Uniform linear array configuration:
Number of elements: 4
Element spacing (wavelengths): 0.75
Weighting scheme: uniform
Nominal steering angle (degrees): -30
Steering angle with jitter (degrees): -31.79
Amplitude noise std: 0.05
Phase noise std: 0.05

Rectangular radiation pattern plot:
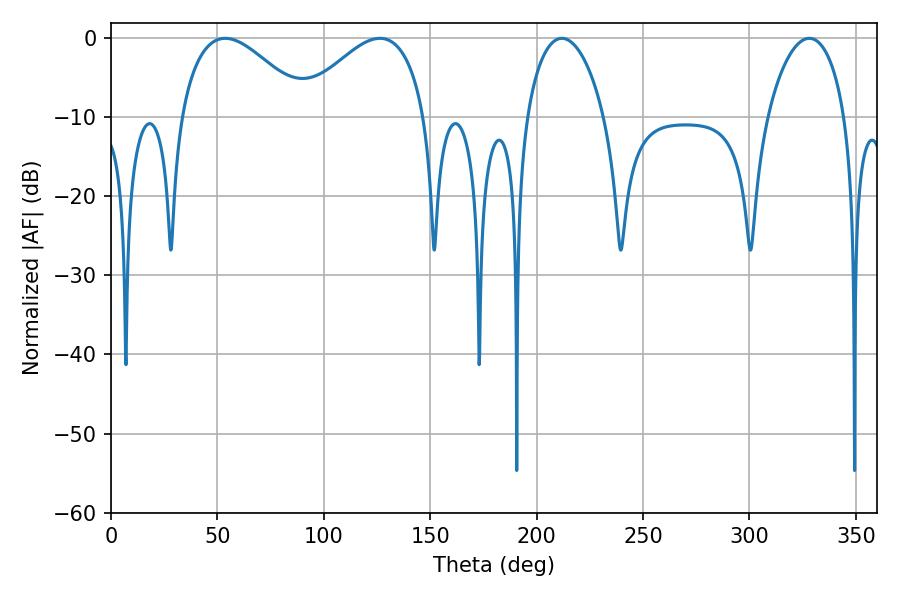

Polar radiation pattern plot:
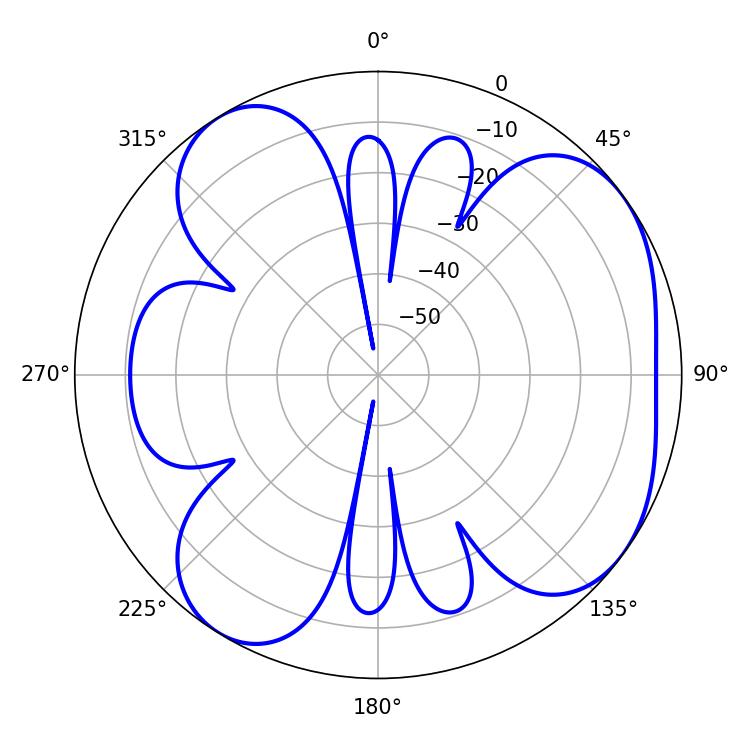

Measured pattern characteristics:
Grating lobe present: TRUE
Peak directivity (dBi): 5.498
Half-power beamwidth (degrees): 20.7
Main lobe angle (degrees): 211.86